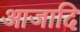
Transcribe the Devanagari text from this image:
आजादि